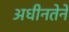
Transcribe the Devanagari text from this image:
अधीनतेने